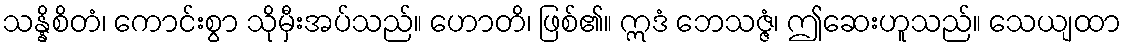
သန္နိစိတံ၊ ကောင်းစွာ သိုမှီးအပ်သည်။ ဟောတိ၊ ဖြစ်၏။ ဣဒံ ဘေသဇ္ဇံ၊ ဤဆေးဟူသည်။ သေယျထာ